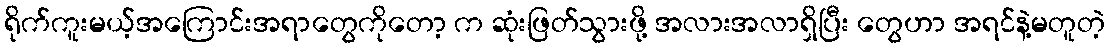
ရိုက်ကူးမယ့်အကြောင်းအရာတွေကိုတော့ က ဆုံးဖြတ်သွားဖို့ အလားအလာရှိပြီး တွေဟာ အရင်နဲ့မတူတဲ့